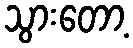
သွားတော့